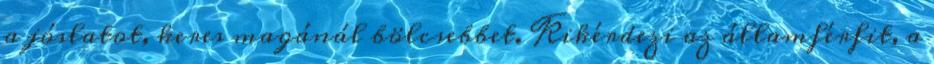
a jóslatot, keres magánál bölcsebbet. Kikérdezi az államférfit, a